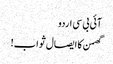
آئی بی سی اردو
گھمن کا ایصال ثواب!